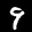
Label: 9